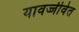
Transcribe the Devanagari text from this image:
यावज्जीवेत